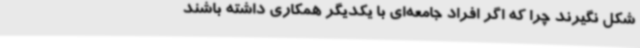
شکل نگیرند چرا که اگر افراد جامعه‌ای با یکدیگر همکاری داشته باشند